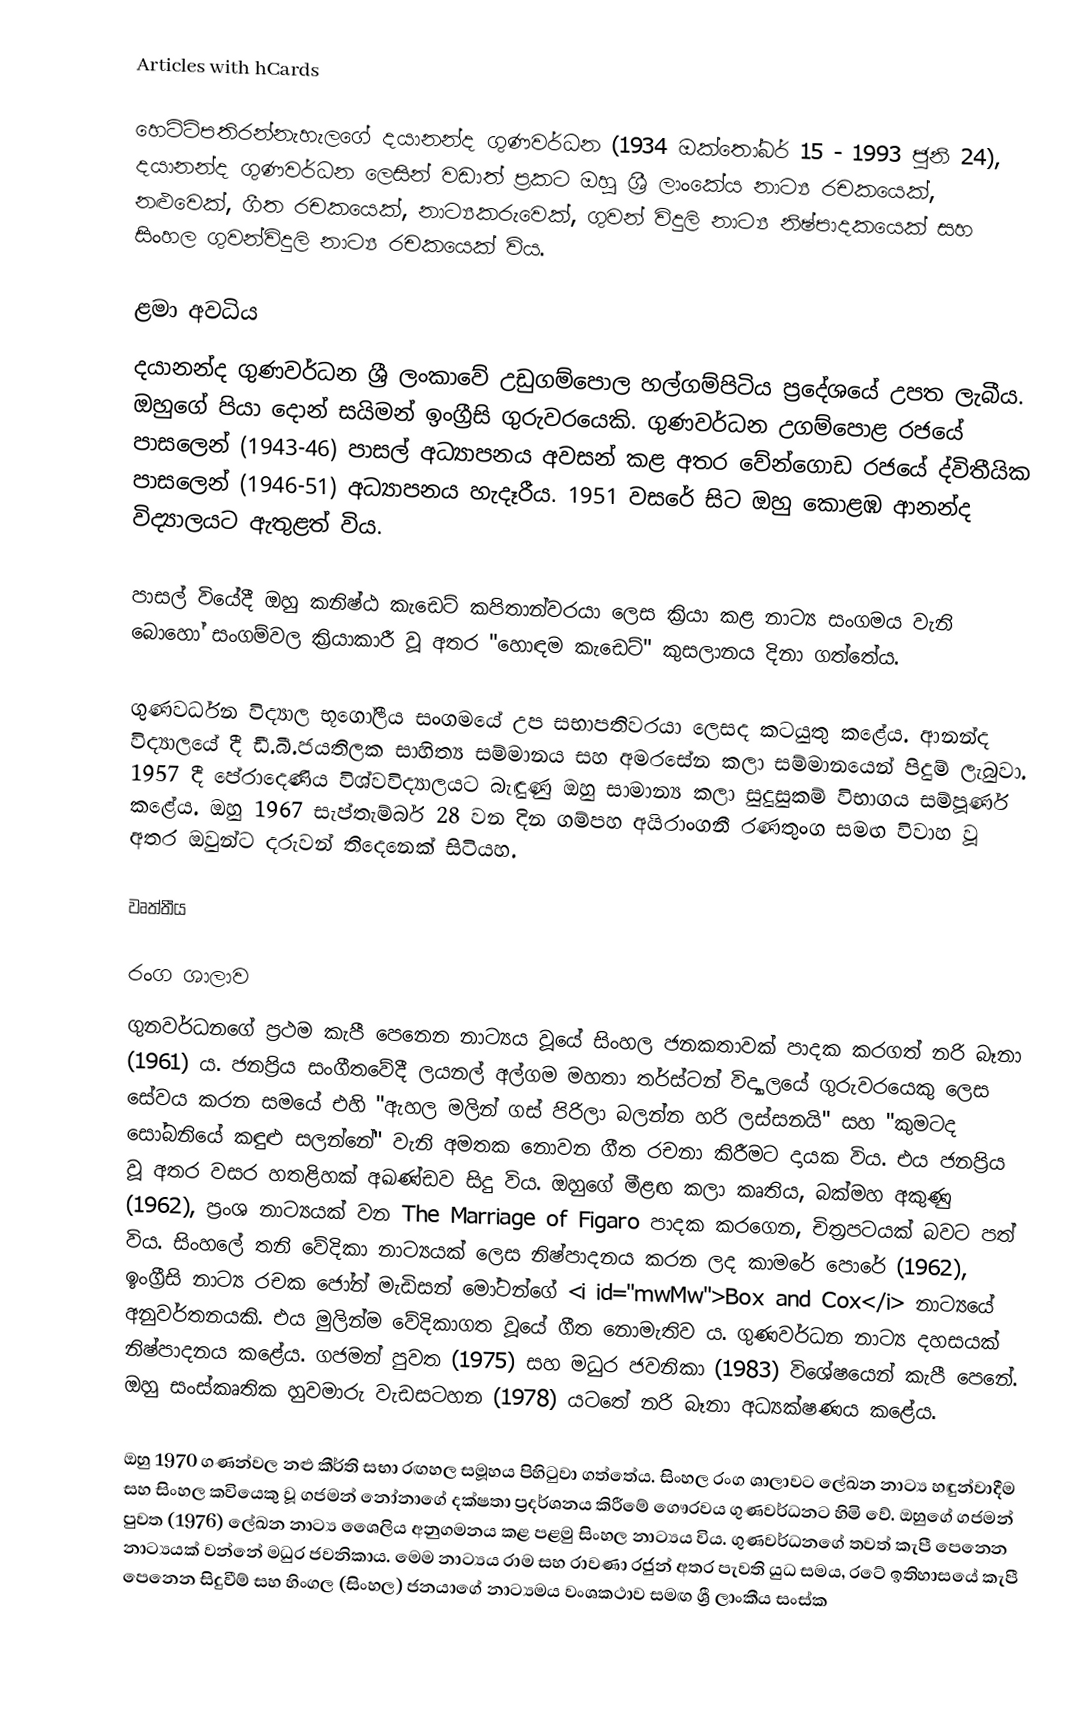
Articles with hCards

හෙට්ටිපතිරන්නැහැලගේ දයානන්ද ගුණවර්ධන (1934 ඔක්තෝබර් 15 - 1993 ජූනි 24), දයානන්ද ගුණවර්ධන ලෙසින් වඩාත් ප්‍රකට ඔහු ශ්‍රී ලාංකේය නාට්‍ය රචකයෙක්, නළුවෙක්, ගීත රචකයෙක්, නාට්‍යකරුවෙක්, ගුවන් විදුලි නාට්‍ය නිෂ්පාදකයෙක් සහ සිංහල ගුවන්විදුලි නාට්‍ය රචකයෙක් විය.

ළමා අවධිය
දයානන්ද ගුණවර්ධන ශ්‍රී ලංකාවේ උඩුගම්පොල හල්ගම්පිටිය ප්‍රදේශයේ උපත ලැබීය. ඔහුගේ පියා දොන් සයිමන් ඉංග්‍රීසි ගුරුවරයෙකි. ගුණවර්ධන උගම්පොළ රජයේ පාසලෙන් (1943-46) පාසල් අධ්‍යාපනය අවසන් කළ අතර වේන්ගොඩ රජයේ ද්විතීයික පාසලෙන් (1946-51) අධ්‍යාපනය හැදෑරීය. 1951 වසරේ සිට ඔහු කොළඹ ආනන්ද විද්‍යාලයට ඇතුළත් විය.

පාසල් වියේදී ඔහු කනිෂ්ඨ කැඩෙට් කපිතාන්වරයා ලෙස ක්‍රියා කළ නාට්‍ය සංගමය වැනි බොහෝ සංගම්වල ක්‍රියාකාරී වූ අතර "හොඳම කැඩෙට්" කුසලානය දිනා ගත්තේය.

ගුණවර්ධන විද්‍යාල භූගෝලීය සංගමයේ උප සභාපතිවරයා ලෙසද කටයුතු කළේය. ආනන්ද විද්‍යාලයේ දී ඩී.බී.ජයතිලක සාහිත්‍ය සම්මානය සහ අමරසේන කලා සම්මානයෙන් පිදුම් ලැබුවා. 1957 දී පේරාදෙණිය විශ්වවිද්‍යාලයට බැඳුණු ඔහු සාමාන්‍ය කලා සුදුසුකම් විභාගය සම්පූර්ණ කළේය. ඔහු 1967 සැප්තැම්බර් 28 වන දින ගම්පහ අයිරාංගනී රණතුංග සමඟ විවාහ වූ අතර ඔවුන්ට දරුවන් තිදෙනෙක් සිටියහ.

වෘත්තීය

රංග ශාලාව
ගුනවර්ධනගේ ප්‍රථම කැපී පෙනෙන නාට්‍යය වූයේ සිංහල ජනකතාවක් පාදක කරගත් නරි බෑනා (1961) ය. ජනප්‍රිය සංගීතවේදී ලයනල් අල්ගම මහතා තර්ස්ටන් විද්‍යාලයේ ගුරුවරයෙකු ලෙස සේවය කරන සමයේ එහි "ඇහල මලින් ගස් පිරිලා බලන්න හරි ලස්සනයි" සහ "කුමටද සෝබනියේ කඳුළු සලන්නේ" වැනි අමතක නොවන ගීත රචනා කිරීමට දායක විය. එය ජනප්‍රිය වූ අතර වසර හතළිහක් අඛණ්ඩව සිදු විය.   ඔහුගේ මීළඟ කලා කෘතිය, බක්මහ අකුණු (1962), ප්‍රංශ නාට්‍යයක් වන The Marriage of Figaro පාදක කරගෙන, චිත්‍රපටයක් බවට පත් විය. සිංහලේ තනි වේදිකා නාට්‍යයක් ලෙස නිෂ්පාදනය කරන ලද කාමරේ පොරේ (1962), ඉංග්‍රීසි නාට්‍ය රචක ජෝන් මැඩිසන් මෝටන්ගේ <i id="mwMw">Box and Cox</i> නාට්‍යයේ අනුවර්තනයකි. එය මුලින්ම වේදිකාගත වූයේ ගීත නොමැතිව ය.  ගුණවර්ධන නාට්‍ය දහසයක් නිෂ්පාදනය කළේය. ගජමන් පුවත (1975) සහ මධුර ජවනිකා (1983) විශේෂයෙන් කැපී පෙනේ.  ඔහු සංස්කෘතික හුවමාරු වැඩසටහන (1978) යටතේ නරි බෑනා අධ්‍යක්ෂණය කළේය.

ඔහු 1970 ගණන්වල නළු කීර්ති සභා රඟහල සමූහය පිහිටුවා ගත්තේය.  සිංහල රංග ශාලාවට ලේඛන නාට්‍ය හඳුන්වාදීම සහ සිංහල කවියෙකු වූ ගජමන් නෝනාගේ දක්ෂතා ප්‍රදර්ශනය කිරීමේ ගෞරවය ගුණවර්ධනට හිමි වේ.  ඔහුගේ ගජමන් පුවත (1976) ලේඛන නාට්‍ය ශෛලිය අනුගමනය කළ පළමු සිංහල නාට්‍යය විය.  ගුණවර්ධනගේ තවත් කැපී පෙනෙන නාට්‍යයක් වන්නේ මධුර ජවනිකාය.  මෙම නාට්‍යය රාම සහ රාවණා රජුන් අතර පැවති යුධ සමය, රටේ ඉතිහාසයේ කැපී පෙනෙන සිදුවීම් සහ හිංගල (සිංහල) ජනයාගේ නාට්‍යමය වංශකථාව සමඟ ශ්‍රී ලාංකීය සංස්ක